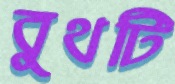
বুথটি